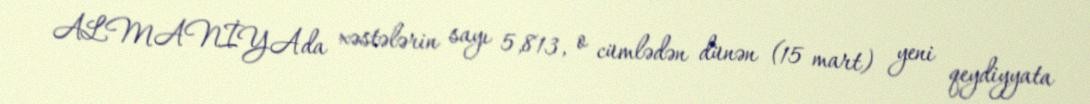
ALMANİYAda xəstələrin sayı 5,813, o cümlədən dünən (15 mart) yeni qeydiyyata